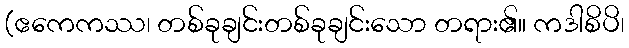
(ဧကေကဿ၊ တစ်ခုချင်းတစ်ခုချင်းသော တရား၏။ ကဒါစိပိ၊